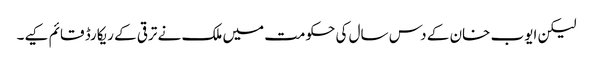
لیکن ایوب خان کے دس سال کی حکومت میں ملک نے ترقی کے ریکارڈ قائم کیے۔